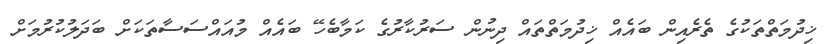
ޚިދުމަތްތަކުގެ ތެރެއިން ބައެއް ޚިދުމަތްތައް ދިނުން ސަރުކާރުގެ ކަމާބެހޭ ބައެއް މުއައްސަސާތަކަށް ބަދަލުކުރުމަށް